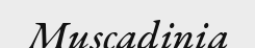
Muscadinia